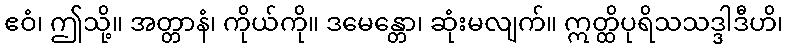
ဧဝံ၊ ဤသို့။ အတ္တာနံ၊ ကိုယ်ကို။ ဒမေန္တော၊ ဆုံးမလျက်။ ဣတ္ထိပုရိသသဒ္ဒါဒီဟိ၊